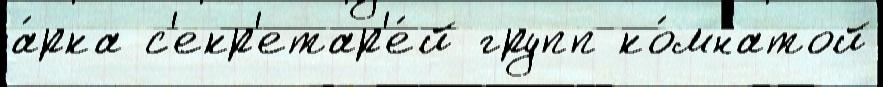
а́рка с'екр'етар'е́й групп ко́мнатой